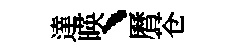
達暎、曆苍